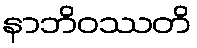
နာဘိဝဿတိ